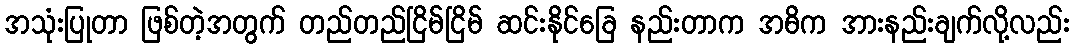
အသုံးပြုတာ ဖြစ်တဲ့အတွက် တည်တည်ငြိမ်ငြိမ် ဆင်းနိုင်ခြေ နည်းတာက အဓိက အားနည်းချက်လို့လည်း